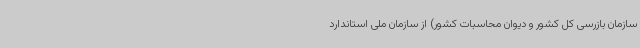
سازمان بازرسی کل کشور و دیوان محاسبات کشور) از سازمان ملی استاندارد